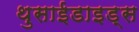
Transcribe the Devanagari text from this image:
थुसाईडाइड्स